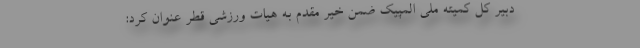
دبیر کل کمیته ملی المپیک ضمن خیر مقدم به هیات ورزشی قطر عنوان کرد: